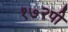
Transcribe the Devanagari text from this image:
१७२पी